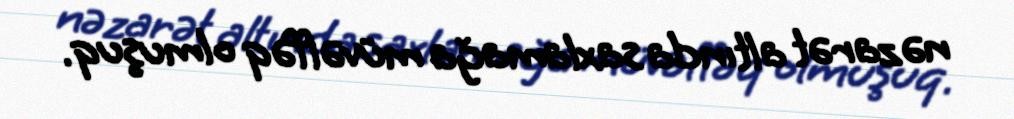
nəzarət altında saxlamağa müvəffəq olmuşuq.